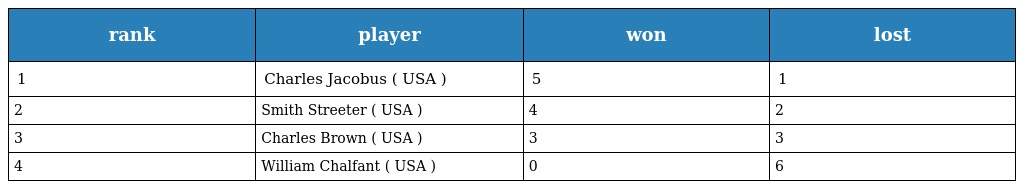
| rank | player | won | lost |
 | --- | --- | --- | --- |
 | 1 | Charles Jacobus ( USA ) | 5 | 1 |
 | 2 | Smith Streeter ( USA ) | 4 | 2 |
 | 3 | Charles Brown ( USA ) | 3 | 3 |
 | 4 | William Chalfant ( USA ) | 0 | 6 |